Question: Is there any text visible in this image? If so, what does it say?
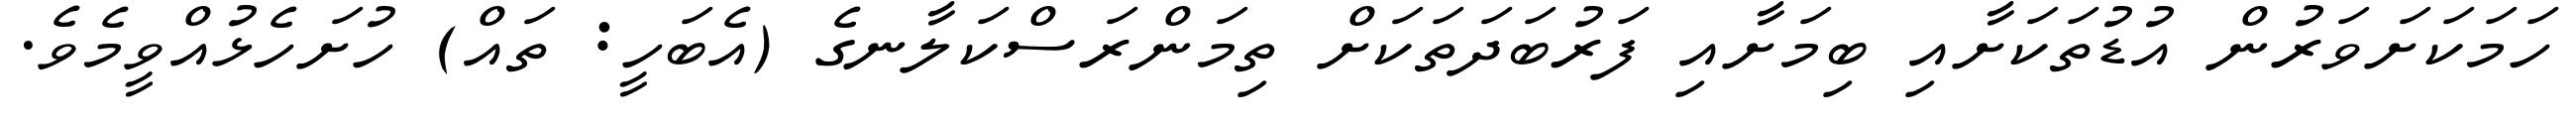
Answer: ހަމަކަށަވަރުން އުޑުތަކަށާއި ބިމަށާއި ފަރުބަދަތަކަށް ތިމަންރަސްކަލާނގެ (އެބަހީ: ތައް) ހުށަހެޅުއްވީމެވެ.